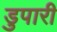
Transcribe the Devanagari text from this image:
डुपारी